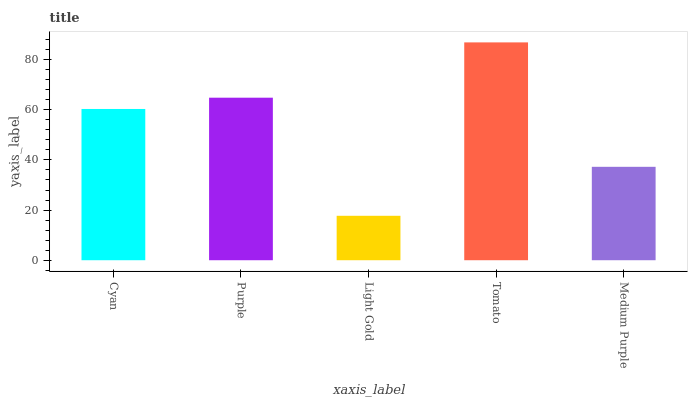
| xaxis_label | bars |
 | --- | --- |
 | Cyan | 60.3 |
 | Purple | 64.8 |
 | Light Gold | 17.7 |
 | Tomato | 86.9 |
 | Medium Purple | 37.3 |